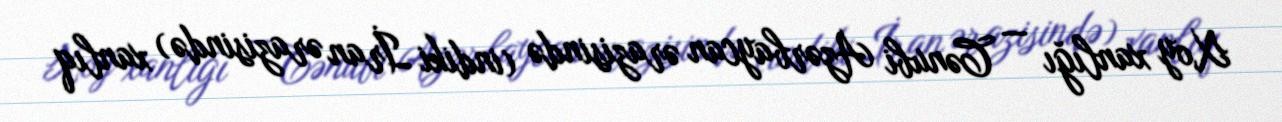
Xoy xanlığı — Cənubi Azərbaycan ərazisində (indiki İran ərazisində) xanlıq